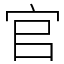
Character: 官